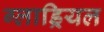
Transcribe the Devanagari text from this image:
ग्लाड्रियल